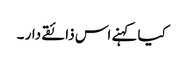
کیا کہنے اس ذائقے دار ۔